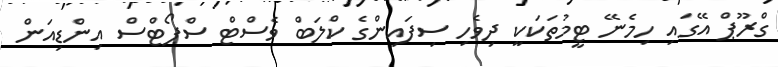
ގްރޫޕް އޭގައި ހިމެނޭ ޓީމުތަކަކީ ދިވެހި ސިފައިންގެ ކްލަބް ވެސްޓް ސްޕޯޓްސް އިންޑިއަން